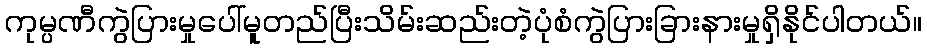
ကုမ္ပဏီကွဲပြားမှုပေါ်မူတည်ပြီးသိမ်းဆည်းတဲ့ပုံစံကွဲပြားခြားနားမှုရှိနိုင်ပါတယ်။